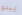
يبدو